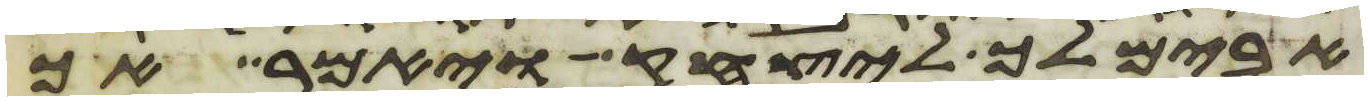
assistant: אבימלך ליצחק ויאמר אך